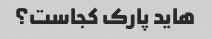
هاید پارک کجاست؟